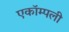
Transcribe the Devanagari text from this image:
एकॉम्पली